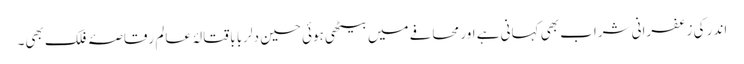
اندر کی زعفرانی شراب بھی کہانی ہے اور محافے میں بیٹھی ہوئی حسین دلربا باقتالۂ عالم رقاصۂ فلک بھی۔